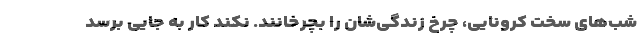
شب‌‌های سخت کرونایی، چرخ زندگی‌شان را بچرخانند. نکند کار به جایی برسد